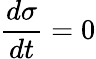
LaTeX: \displaystyle\frac{d\sigma}{dt}=0